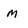
Character: m